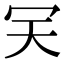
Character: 𠕹